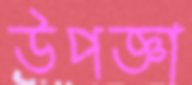
উপজ্ঞা